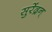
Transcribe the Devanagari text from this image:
सुरेंद्रन्